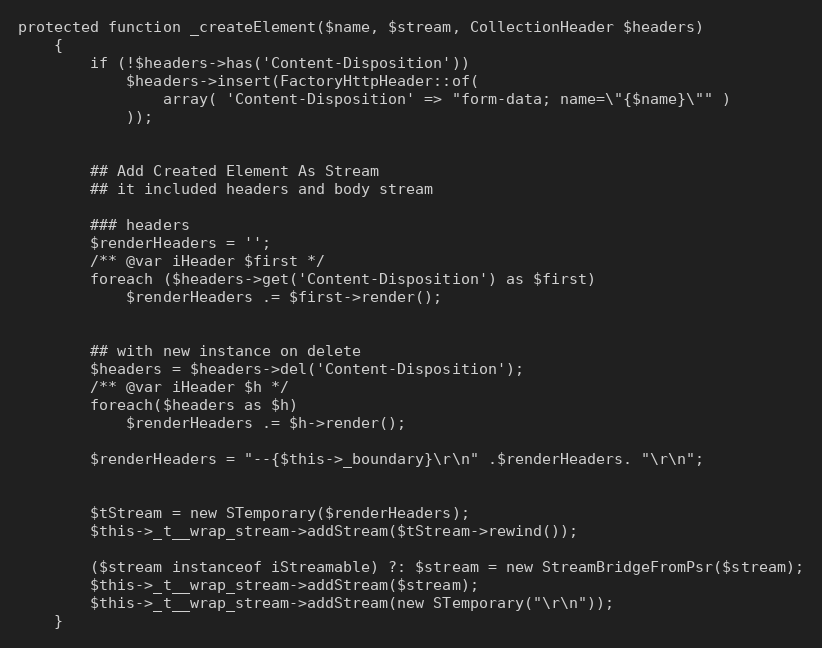
Language: PHP
protected function _createElement($name, $stream, CollectionHeader $headers)
    {
        if (!$headers->has('Content-Disposition'))
            $headers->insert(FactoryHttpHeader::of(
                array( 'Content-Disposition' => "form-data; name=\"{$name}\"" )
            ));

        ## Add Created Element As Stream
        ## it included headers and body stream

        ### headers
        $renderHeaders = '';
        /** @var iHeader $first */
        foreach ($headers->get('Content-Disposition') as $first)
            $renderHeaders .= $first->render();

        ## with new instance on delete
        $headers = $headers->del('Content-Disposition');
        /** @var iHeader $h */
        foreach($headers as $h)
            $renderHeaders .= $h->render();

        $renderHeaders = "--{$this->_boundary}\r\n" .$renderHeaders. "\r\n";

        $tStream = new STemporary($renderHeaders);
        $this->_t__wrap_stream->addStream($tStream->rewind());

        ($stream instanceof iStreamable) ?: $stream = new StreamBridgeFromPsr($stream);
        $this->_t__wrap_stream->addStream($stream);
        $this->_t__wrap_stream->addStream(new STemporary("\r\n"));
    }